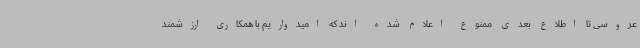
عروسی تا اطلاع بعدی ممنوع اعلام شده اند که امیدواریم با همکاری ارزشمند